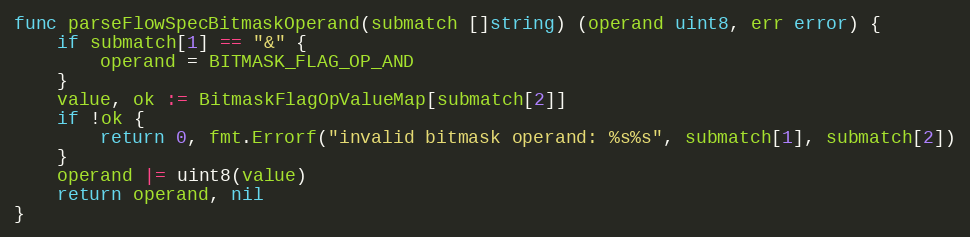
Language: Go
func parseFlowSpecBitmaskOperand(submatch []string) (operand uint8, err error) {
	if submatch[1] == "&" {
		operand = BITMASK_FLAG_OP_AND
	}
	value, ok := BitmaskFlagOpValueMap[submatch[2]]
	if !ok {
		return 0, fmt.Errorf("invalid bitmask operand: %s%s", submatch[1], submatch[2])
	}
	operand |= uint8(value)
	return operand, nil
}